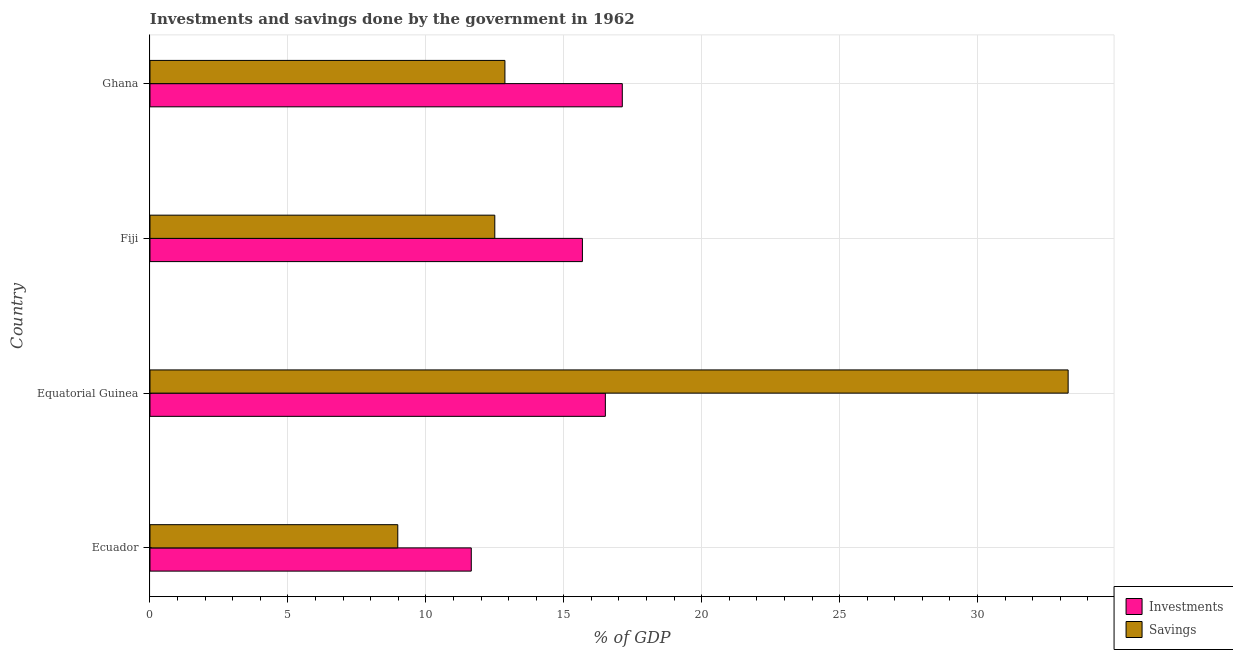
| Country | Investments | Savings |
 | --- | --- | --- |
 | Ecuador | 11.6 | 8.98 |
 | Equatorial Guinea | 16.5 | 33.3 |
 | Fiji | 15.7 | 12.5 |
 | Ghana | 17.1 | 12.9 |